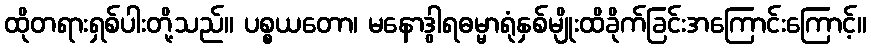
ထိုတရားရှစ်ပါးတို့သည်။ ပစ္စယတော၊ မနောဒွါရဓမ္မာရုံနှစ်မျိုးထိခိုက်ခြင်းအကြောင်းကြောင့်။